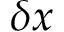
\delta x